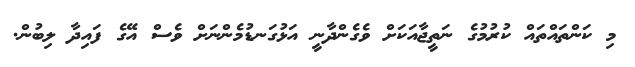
މި ކަންތައްތައް ކުރުމުގެ ނަތީޖާއަކަށް ވެގެންދާނީ އަޅުގަނޑުމެންނަށް ވެސް އޭގެ ފައިދާ ލިބުން.